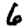
Digit: 6